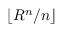
\lfloor R ^ { n } / n \rfloor